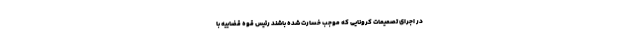
در اجرای تصمیمات کرونایی که موجب خسارت شده باشند رئیس قوه قضاییه با